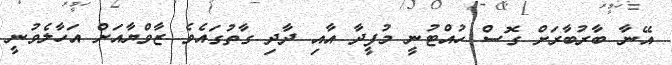
އޭނާ ބާރުބާރަށް ގޮސް ހުއްޓުނީ މުފީދާ އާއި ދާދި ގާތުގައެވެ ޒާވްޔާއަށް އަހާލެވުނީ